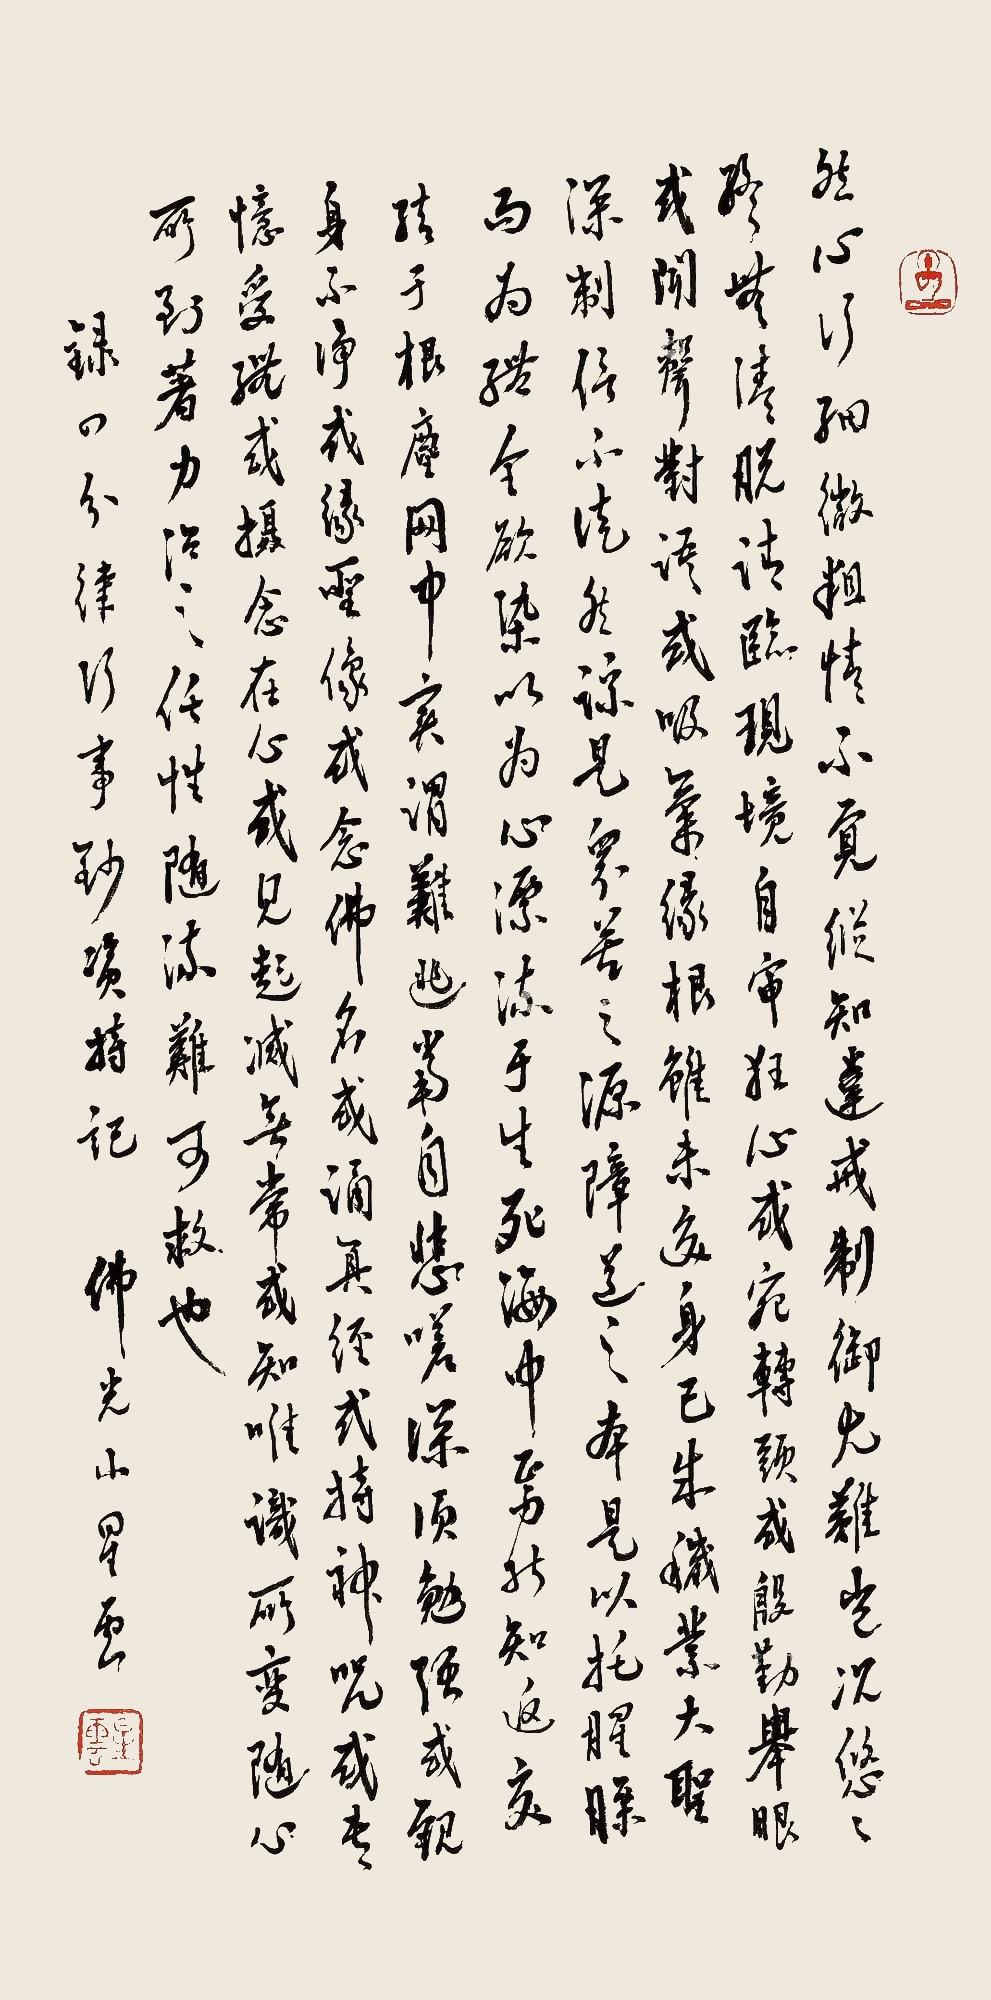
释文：然心行微细，粗情不觉。纵知违戒制御犹难，岂况悠悠终无清脱。请临现境，自审狂心。或宛转回头，或殷勤举眼，或闻声对语，或吸气缘根，虽未交身，已成秽业。大圣深制，信不徒然。谅是众苦之源，障道之本。是以托腥臊而为体，全欲染以为心。漂流于生死海能知返，交结于根尘网里实谓难逃。当自悲嗟，深须勉强。或观身不净即是屎囊，或谛彼淫根实唯便道。或缘圣像，或念佛名，或诵真经，或持神咒。或专忆受体，或摄念在心。或见起灭无常，或知唯识所变。随心所到着力治之，任性随流难可救也。佛光山星云、录四分律行事钞资持记